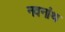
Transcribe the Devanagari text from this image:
नवनांथ